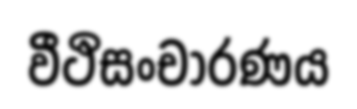
වීථිසංචාරණය